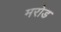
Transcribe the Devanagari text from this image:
मरोड